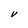
Character: V